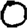
Digit: 0